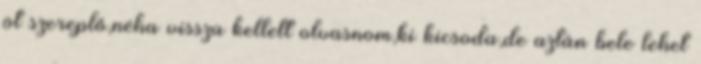
öt szereplő,néha vissza kellett olvasnom,ki kicsoda,de aztán bele lehet